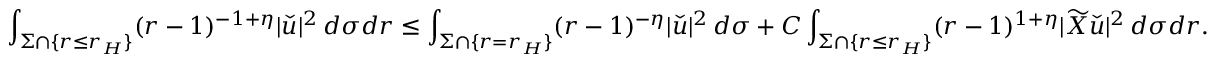
\int _ { \Sigma \cap \{ r \leq r _ { H } \} } ( r - 1 ) ^ { - 1 + \eta } | \check { u } | ^ { 2 } \, d \sigma d r \leq \int _ { \Sigma \cap \{ r = r _ { H } \} } ( r - 1 ) ^ { - \eta } | \check { u } | ^ { 2 } \, d \sigma + C \int _ { \Sigma \cap \{ r \leq r _ { H } \} } ( r - 1 ) ^ { 1 + \eta } | \widetilde { X } \check { u } | ^ { 2 } \, d \sigma d r .